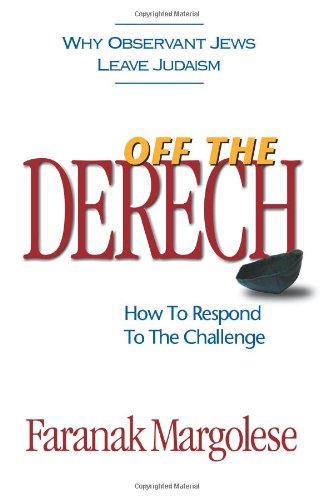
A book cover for Off The Derech: How To Respond To The Challenge; Faranak Margolese; Religion & Spirituality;